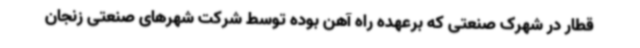
قطار در شهرک صنعتی که برعهده راه آهن بوده توسط شرکت شهرهای صنعتی زنجان